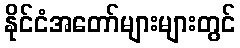
နိုင်ငံအတော်များများတွင်